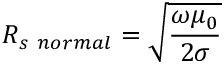
R _ { s \ n o r m a l } = { \sqrt { \frac { \omega \mu _ { 0 } } { 2 \sigma } } }